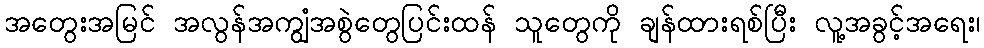
အတွေးအမြင် အလွန်အကျွံအစွဲတွေပြင်းထန် သူတွေကို ချန်ထားရစ်ပြီး လူ့အခွင့်အရေး၊